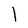
Character: l